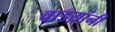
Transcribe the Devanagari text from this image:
वाडय़ांनी